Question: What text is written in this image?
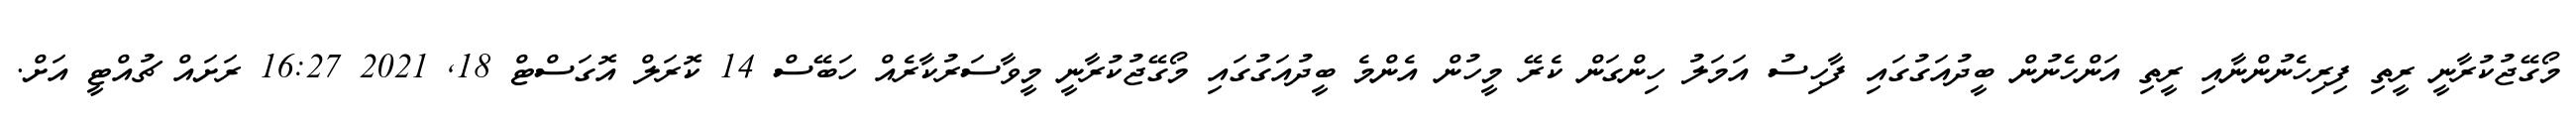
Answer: މޯގޭޖުކުރާނީ ރީތި ފިރިހެނުންނާއި ރީތި އަންހެނުން ބީދުއަގުގައި ފާހިސު އަމަލު ހިންގަން ކެރޭ މީހުން އެންމެ ބީދުއަގުގައި މޯގޭޖުކުރާނީ މީވާސަރުކާރެއް ހަބޭސް 14 ކޮރަލް އޮގަސްޓް 18, 2021 16:27 ރަށައް ޗުއްޓީ އަށް.